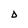
Character: D